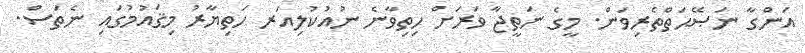
އަންގާ ނަޞޭޙަތްތެރިވަން. މީގެ ނަތީޖާ ވަރަށް ހިތިވާނެ ނުއުކުލިއަރ ހަތިޔާރު މިޤައުމުގައި ނެތަސް.